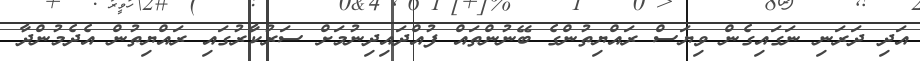
އަދި ދަރަނި ނަގައިގެން ވިޔަސް ރައްޔިތުންގެ ބޭނުންތައް ފުއްދައިދިނުމަށް ސަރުކާރުގައި ރައްޔިތުން އެދެމުންދާ